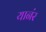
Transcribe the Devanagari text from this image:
यानंर